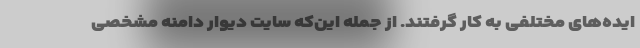
ایده‌های مختلفی به کار گرفتند. از جمله این‌که سایت دیوار دامنه مشخصی